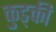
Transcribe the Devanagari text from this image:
कुड्की